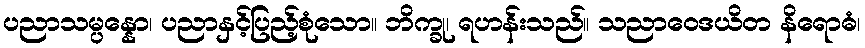
ပညာသမ္ပန္နော၊ ပညာနှင့်ပြည့်စုံသော။ ဘိက္ခု၊ ရဟန်းသည်။ သညာဝေဒယိတ နိရောဓံ၊